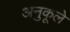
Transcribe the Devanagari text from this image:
अनुकूले